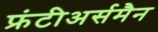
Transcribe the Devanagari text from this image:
फ्रंटीअर्समैन